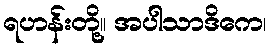
ရဟန်းတို့။ အပါသာဒိကေ၊